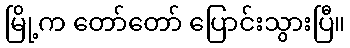
မြို့က တော်တော် ပြောင်းသွားပြီ။